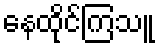
နေထိုင်ကြသူ